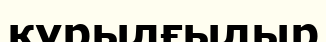
құрылғылыр